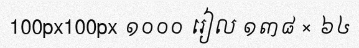
100px100px ១០០០ រៀល ១៣៨ × ៦៤